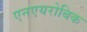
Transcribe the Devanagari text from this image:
एनएयरोबिक